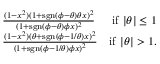
\begin{array} { r l r } & { \frac { ( 1 - x ^ { 2 } ) ( 1 + \mathrm { s g n } ( \phi - \theta ) \theta x ) ^ { 2 } } { ( 1 + \mathrm { s g n } ( \phi - \theta ) \phi x ) ^ { 2 } } } & { \mathrm { i f } ~ \vert \theta \vert \le 1 } \\ & { \frac { ( 1 - x ^ { 2 } ) ( \theta + \mathrm { s g n } ( \phi - 1 / \theta ) x ) ^ { 2 } } { ( 1 + \mathrm { s g n } ( \phi - 1 / \theta ) \phi x ) ^ { 2 } } } & { \mathrm { i f } ~ \vert \theta \vert > 1 . } \end{array}